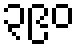
၃၉၀